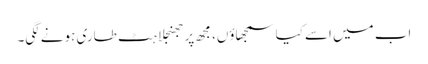
اب میں اسے کیا سمجھاؤں، مجھ پر جھنجلاہٹ طاری ہونے لگی۔